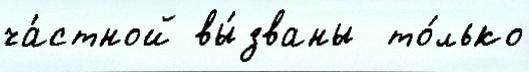
ча́стной вы́званы  то́лько